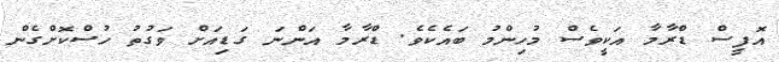
އޮފީސް ޑްރާމާ އަކީވެސް މުހިންމު ބައެކެވެ. ޑްރާމާ އަންނަ ގަޑިއަށް ވަގުތު ހުސްކޮށްގެން